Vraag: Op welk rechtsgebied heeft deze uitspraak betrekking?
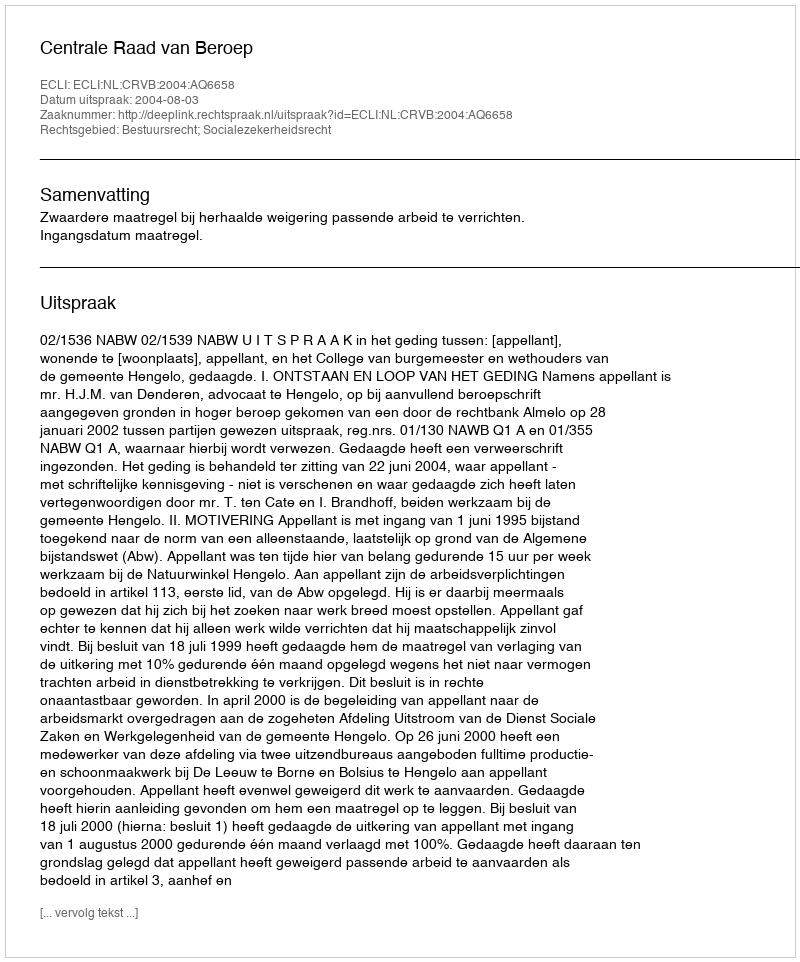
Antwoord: Bestuursrecht; Socialezekerheidsrecht